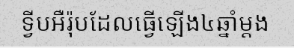
ទ្វីបអឺរ៉ុបដែលធ្វើឡើង៤ឆ្នាំម្តង